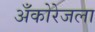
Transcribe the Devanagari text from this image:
अँकोरेजला